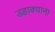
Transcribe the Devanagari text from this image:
डहाक्यांना